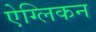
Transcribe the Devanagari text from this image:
ऐग्लिकन